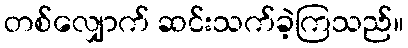
တစ်လျှောက် ဆင်းသက်ခဲ့ကြသည်။